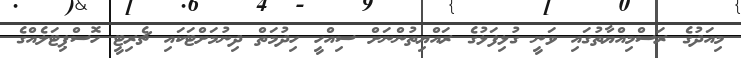
މިއަދުގެ ރަސްމިއްޔާތުގައި ވަނީ ގުޅިފަޅުގެ ރައްޔިތުންނަށް ސިއްހީ ހިދުމަތް ދިނުމަށްޓަކައި ޗެރިޓީ ހޮސްޕިޓަލެއްގެ